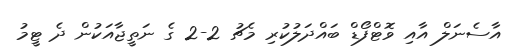
އާސެނަލް އާއި ވޮޓްފޯޑް ބައްދަލުކުރި މެޗު 2-2 ގެ ނަތީޖާއަކުން ދެ ޓީމު